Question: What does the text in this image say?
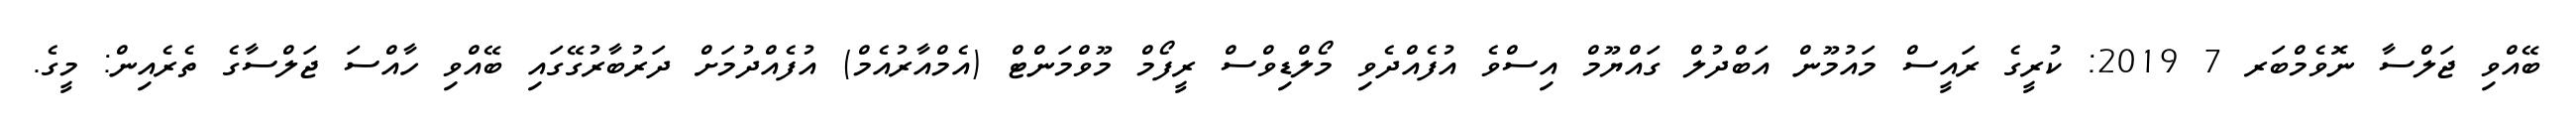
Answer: ބޭއްވި ޖަލްސާ ނޮވެމްބަރ 7 2019: ކުރީގެ ރައީސް މައުމޫން އަބްދުލް ގައްޔޫމް އިސްވެ އުފެއްދެވި މޯލްޑިވްސް ރީފޯމް މޫވްމަންޓް (އެމްއާރުއެމް) އުފެއްދުމަށް ދަރުބާރުގޭގައި ބޭއްވި ހާއްސަ ޖަލްސާގެ ތެރެއިން: މީގެ.